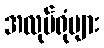
အလုပ်ရုံများ